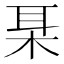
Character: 𱣍